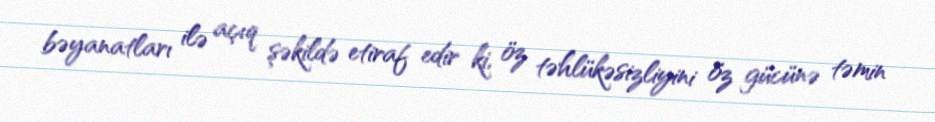
bəyanatları ilə açıq şəkildə etiraf edir ki, öz təhlükəsizliyini öz gücünə təmin